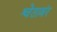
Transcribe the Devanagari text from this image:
श्वेताबंर